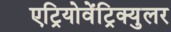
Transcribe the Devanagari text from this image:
एट्रियोवेंट्रिक्युलर